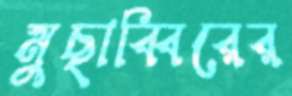
মুছাব্বিরের